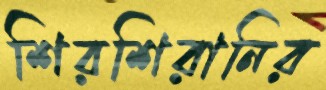
শিরশিরানির